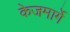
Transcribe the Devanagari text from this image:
केजमार्गे